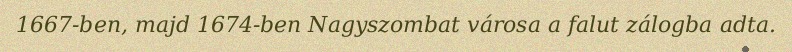
1667-ben, majd 1674-ben Nagyszombat városa a falut zálogba adta.